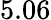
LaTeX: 5.06